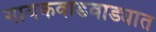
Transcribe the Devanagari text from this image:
गायकवाडवाड्यात